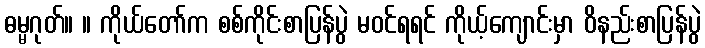
ဓမ္မဂုတ်။ ။ ကိုယ်တော်က စစ်ကိုင်းစာပြန်ပွဲ မဝင်ရရင် ကိုယ့်ကျောင်းမှာ ဝိနည်းစာပြန်ပွဲ